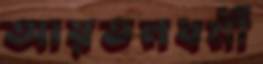
আয়তনধর্মী